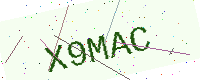
Text: X9MAC